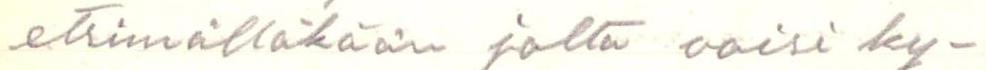
etsimälläkään jolta voisi ky-